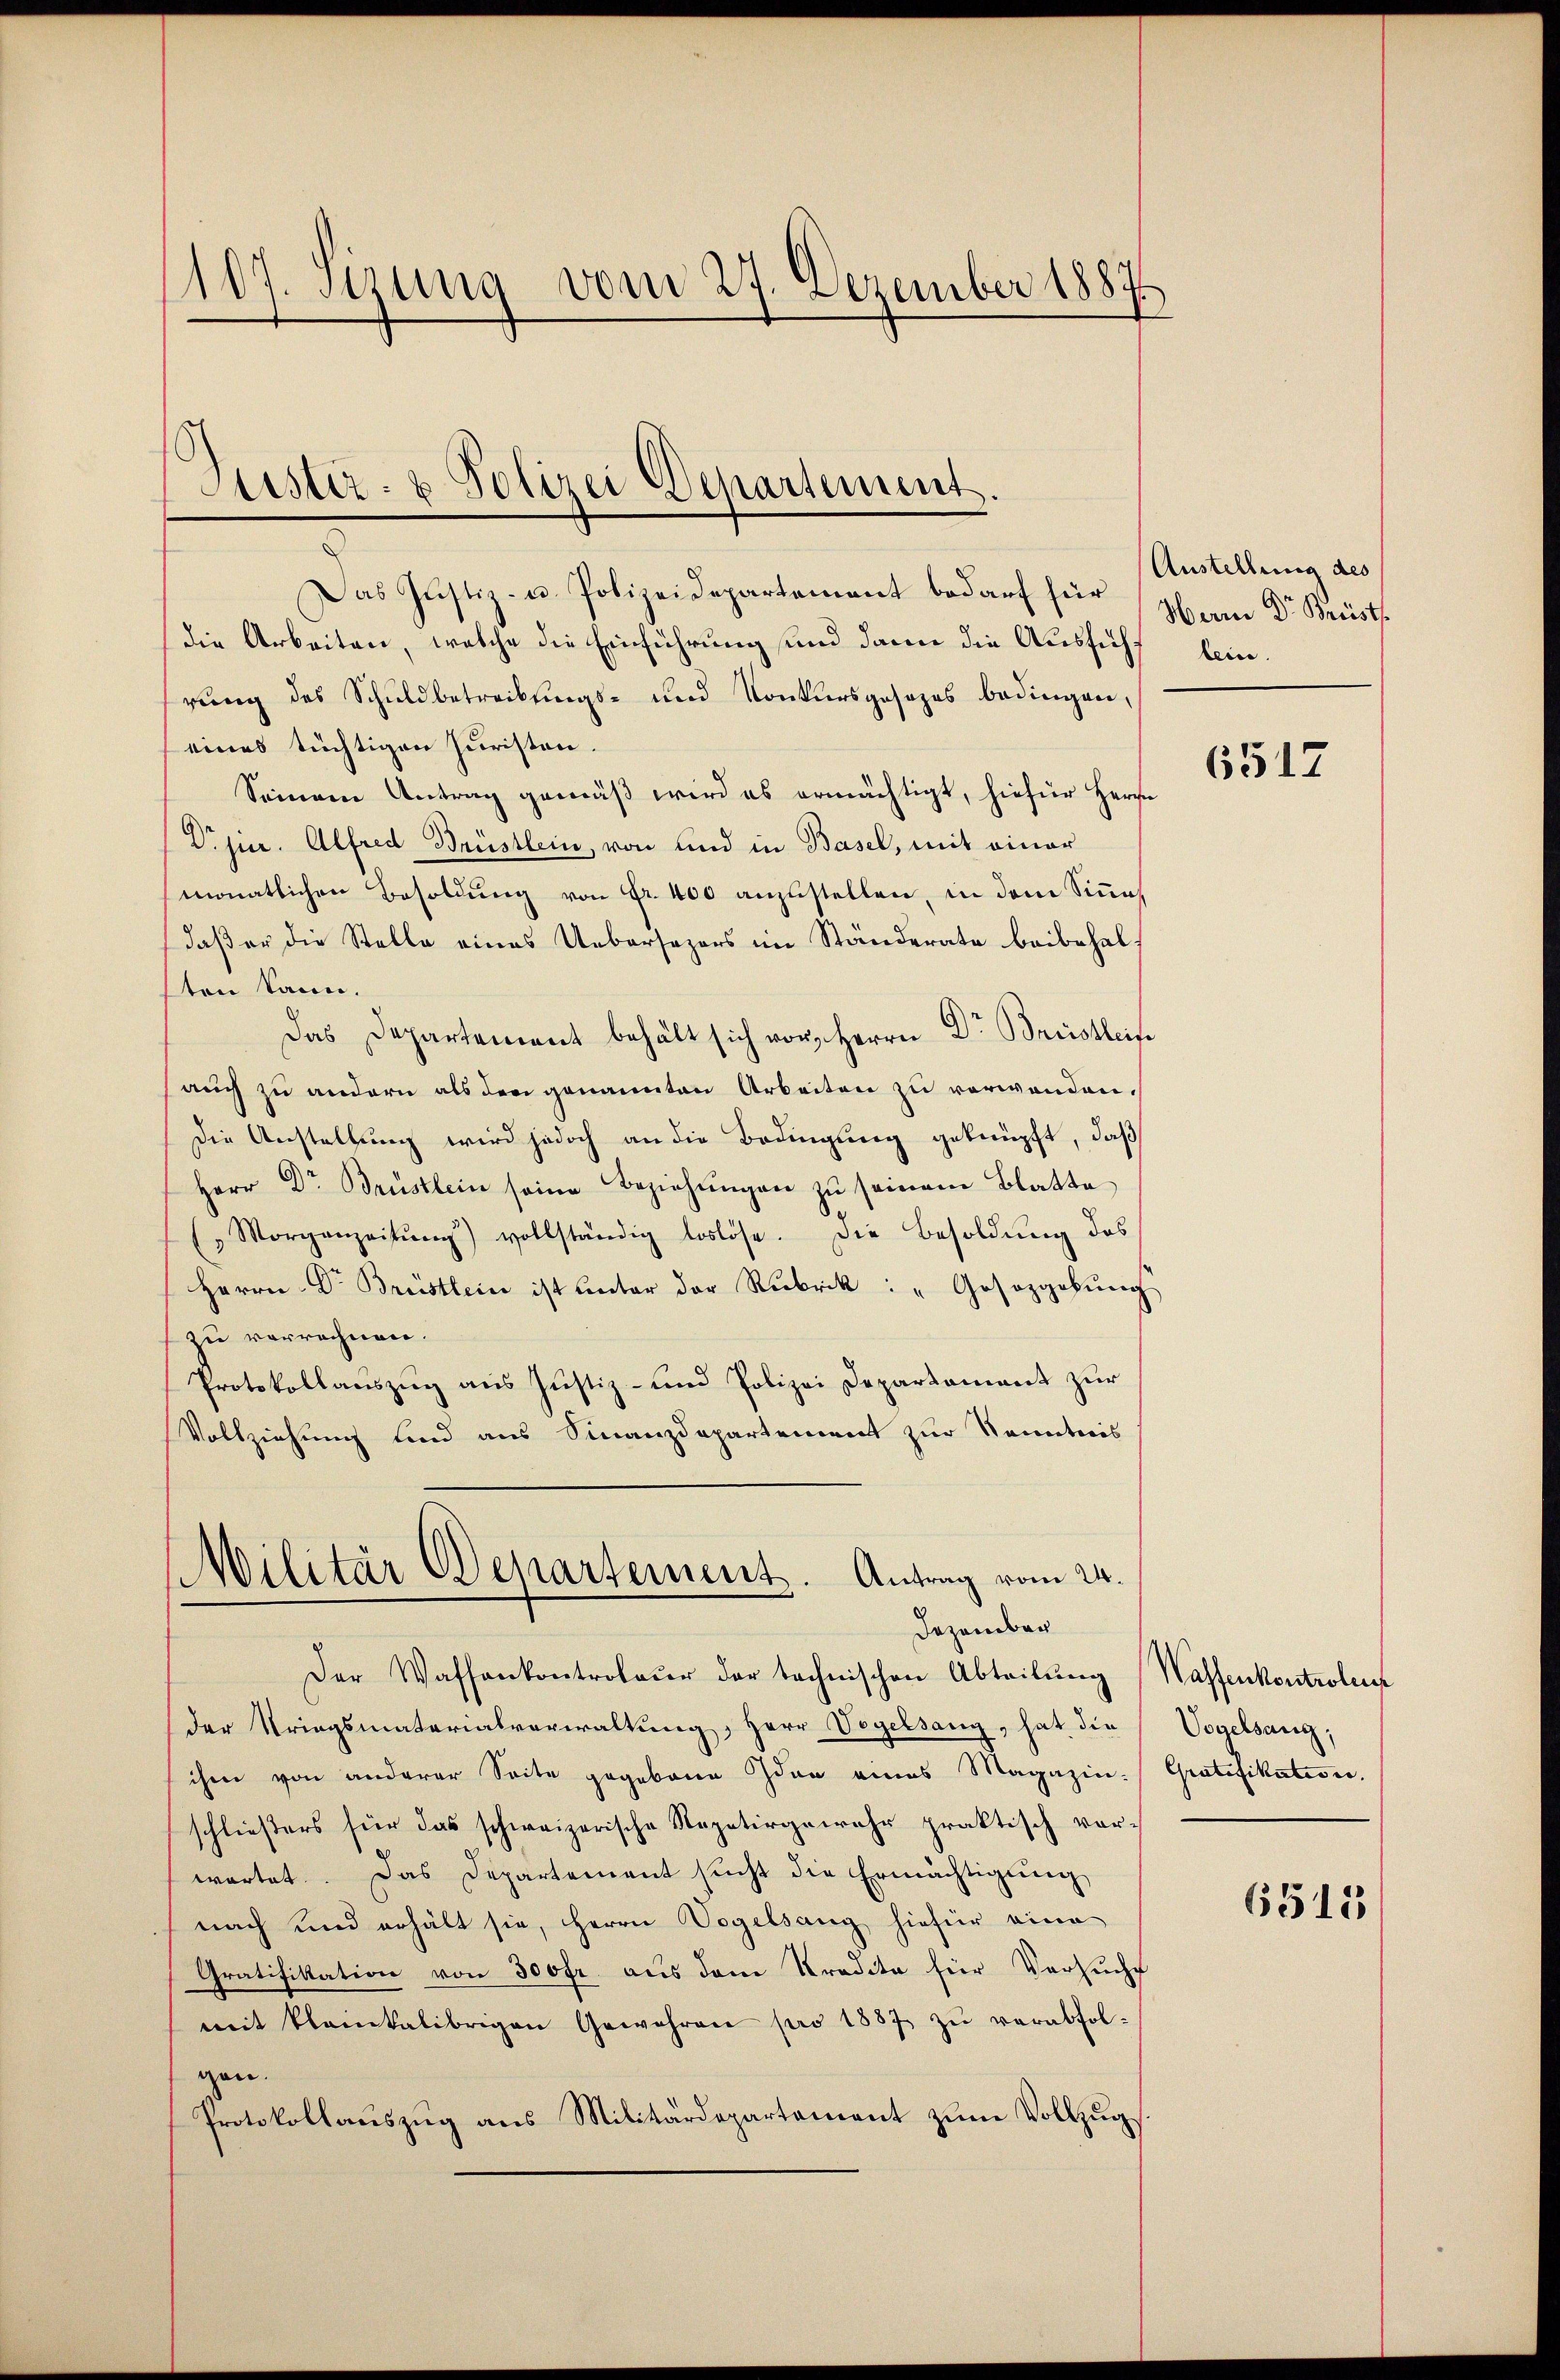
107. Stung vom 27. Dezember 1887

Justiz- & Polizei Departement.

Das Justiz- u. Polizeidepartement bedarf für
die Arbeiten, welche die Einführung und dann die Ausfühl lein.
rung des Schuldbetreibungs- und Konkursgesezes bedingen,
eines tüchtigen Juristen.
Seinem Antrag gemäß wird es ermächtigt, hiefür Herze
Drjier. Alfred Brüstlein, von und in Basel, mit einer
monatlichen Besoldung von Fr. 400 anzustellen, in dem Sinne
daß er die Stelle eines Uebersezers im Ständerate beibehalten kann.
Das Departement behält sich vor, Herrn Dr Brüstleite
auch zu andern als den genannten Arbeiten zu verwenden.
Die Anstellung wird jedoch an die Bedingung geknüpft, daß
Herr Dr Brüstlein seine Beziehŭngen zu seinem Blatte
(Morgenzeitŭng) vollständig loslöse. Die Besoldŭng des
Herrn Dr Brüstlein ist unter der Rubrik: "Gesetzgebŭng
zu verrechnen.
Protokollauszug aus Justiz- und Polizei Departament zur
Vollziehung und aus Finanzdepartement zur Kenntnis
Militär Departement. Antrag vom 24.

Dezember
Der Wassenkontroleur der technischen Abteilung Waffenkontroleich

der Striegsmaterialverwaltŭng, Herr Vogelsang, hat die Vogelsang,
ihm von anderer Seite gegebene Idee eines Magazin: Gratifikation.
schließers für das schweizerische Repetirgewahr praktisch vorwartet. Das Departement sucht die Ermächtigung
nach und erhält sie, Herrn Vogelsang hiefür eine
Gratifikation von 300fr. aus dem Kredita für Versuche
mit klamikalibrigen Gewähren pro 1887 zŭ verabfolgen.
Protokollaŭszŭg ans Militärdepartement zŭm Vollzug

Austellung des
Herrn Dr Brüst

6517

6515